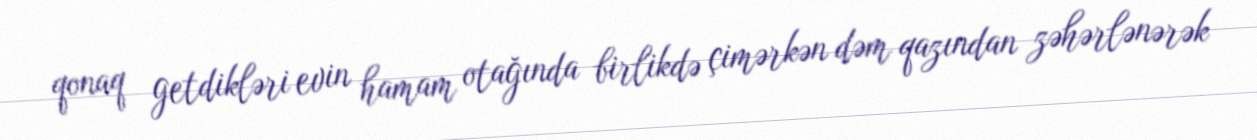
qonaq getdikləri evin hamam otağında birlikdə çimərkən dəm qazından zəhərlənərək